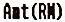
AMT(RM)